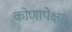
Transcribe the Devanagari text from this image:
कोणापेक्षा